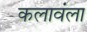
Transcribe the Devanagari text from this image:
कलावंला